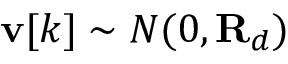
\mathbf { v } [ k ] \sim N ( 0 , \mathbf { R } _ { d } )